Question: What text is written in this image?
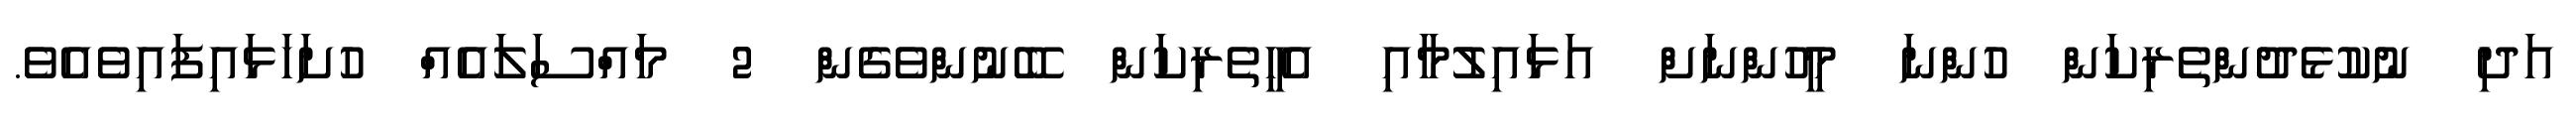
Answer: އަދި ނުކުޅެދުންތެރިކަން ހުންނަ މީހުންނަށް އަޅައިލުމާއި އެހީތެރިކަން ބޭނުންވެގެން 2 މައްސަލައެއް ހުށަހަޅައިފައިވެއެވެ.